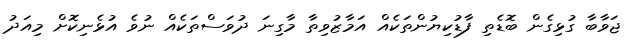
ޖަވާބާ ގުޅިގެން ބޮޑެތި ފާޑުކިޔުންތަކެއް އަމާޒުވިތާ މާގިނަ ދުވަސްތަކެއް ނުވެ އުޅެނިކޮށް މިއަދު